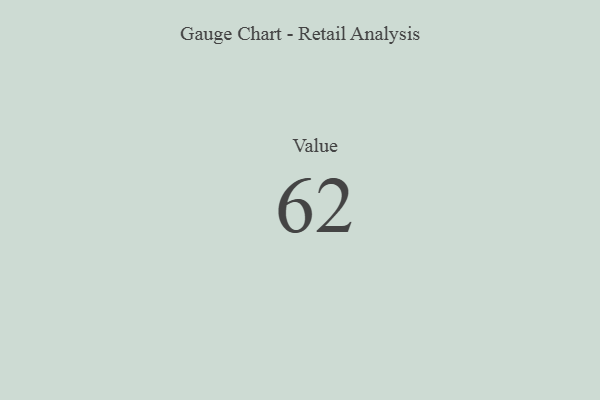
{"axis": {"x": "Metric", "y": "Value"}, "legend": [""], "data": [{"x": "Value", "y": 62, "type": ""}]}